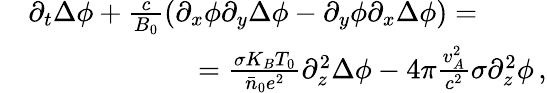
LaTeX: \begin{array}{rl}&{\partial_{t}\Delta\phi+\frac{c}{B_{0}}\left(\partial_{x}\phi\partial_{y}\Delta\phi-\partial_{y}\phi\partial_{x}\Delta\phi\right)=}\\ &{\qquad\qquad\qquad=\frac{\sigma K_{B}T_{0}}{\bar{n}_{0}e^{2}}\partial_{z}^{2}\Delta\phi-4\pi\frac{v_{A}^{2}}{c^{2}}\sigma\partial_{z}^{2}\phi\, ,}\end{array}